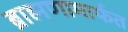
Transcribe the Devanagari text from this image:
ब्राह्मणामार्फत